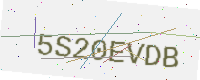
Text: 5S20EVDB